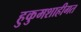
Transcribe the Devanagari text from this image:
हुकुमशाहीगत